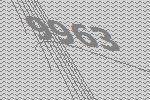
9963